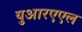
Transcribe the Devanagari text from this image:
युआरएएल